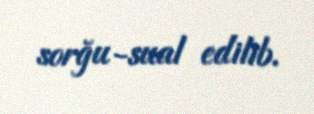
sorğu-sual edilib.